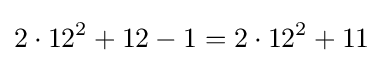
2\cdot 12^{2}+12-1=2\cdot 12^{2}+11